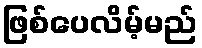
ဖြစ်ပေလိမ့်မည်